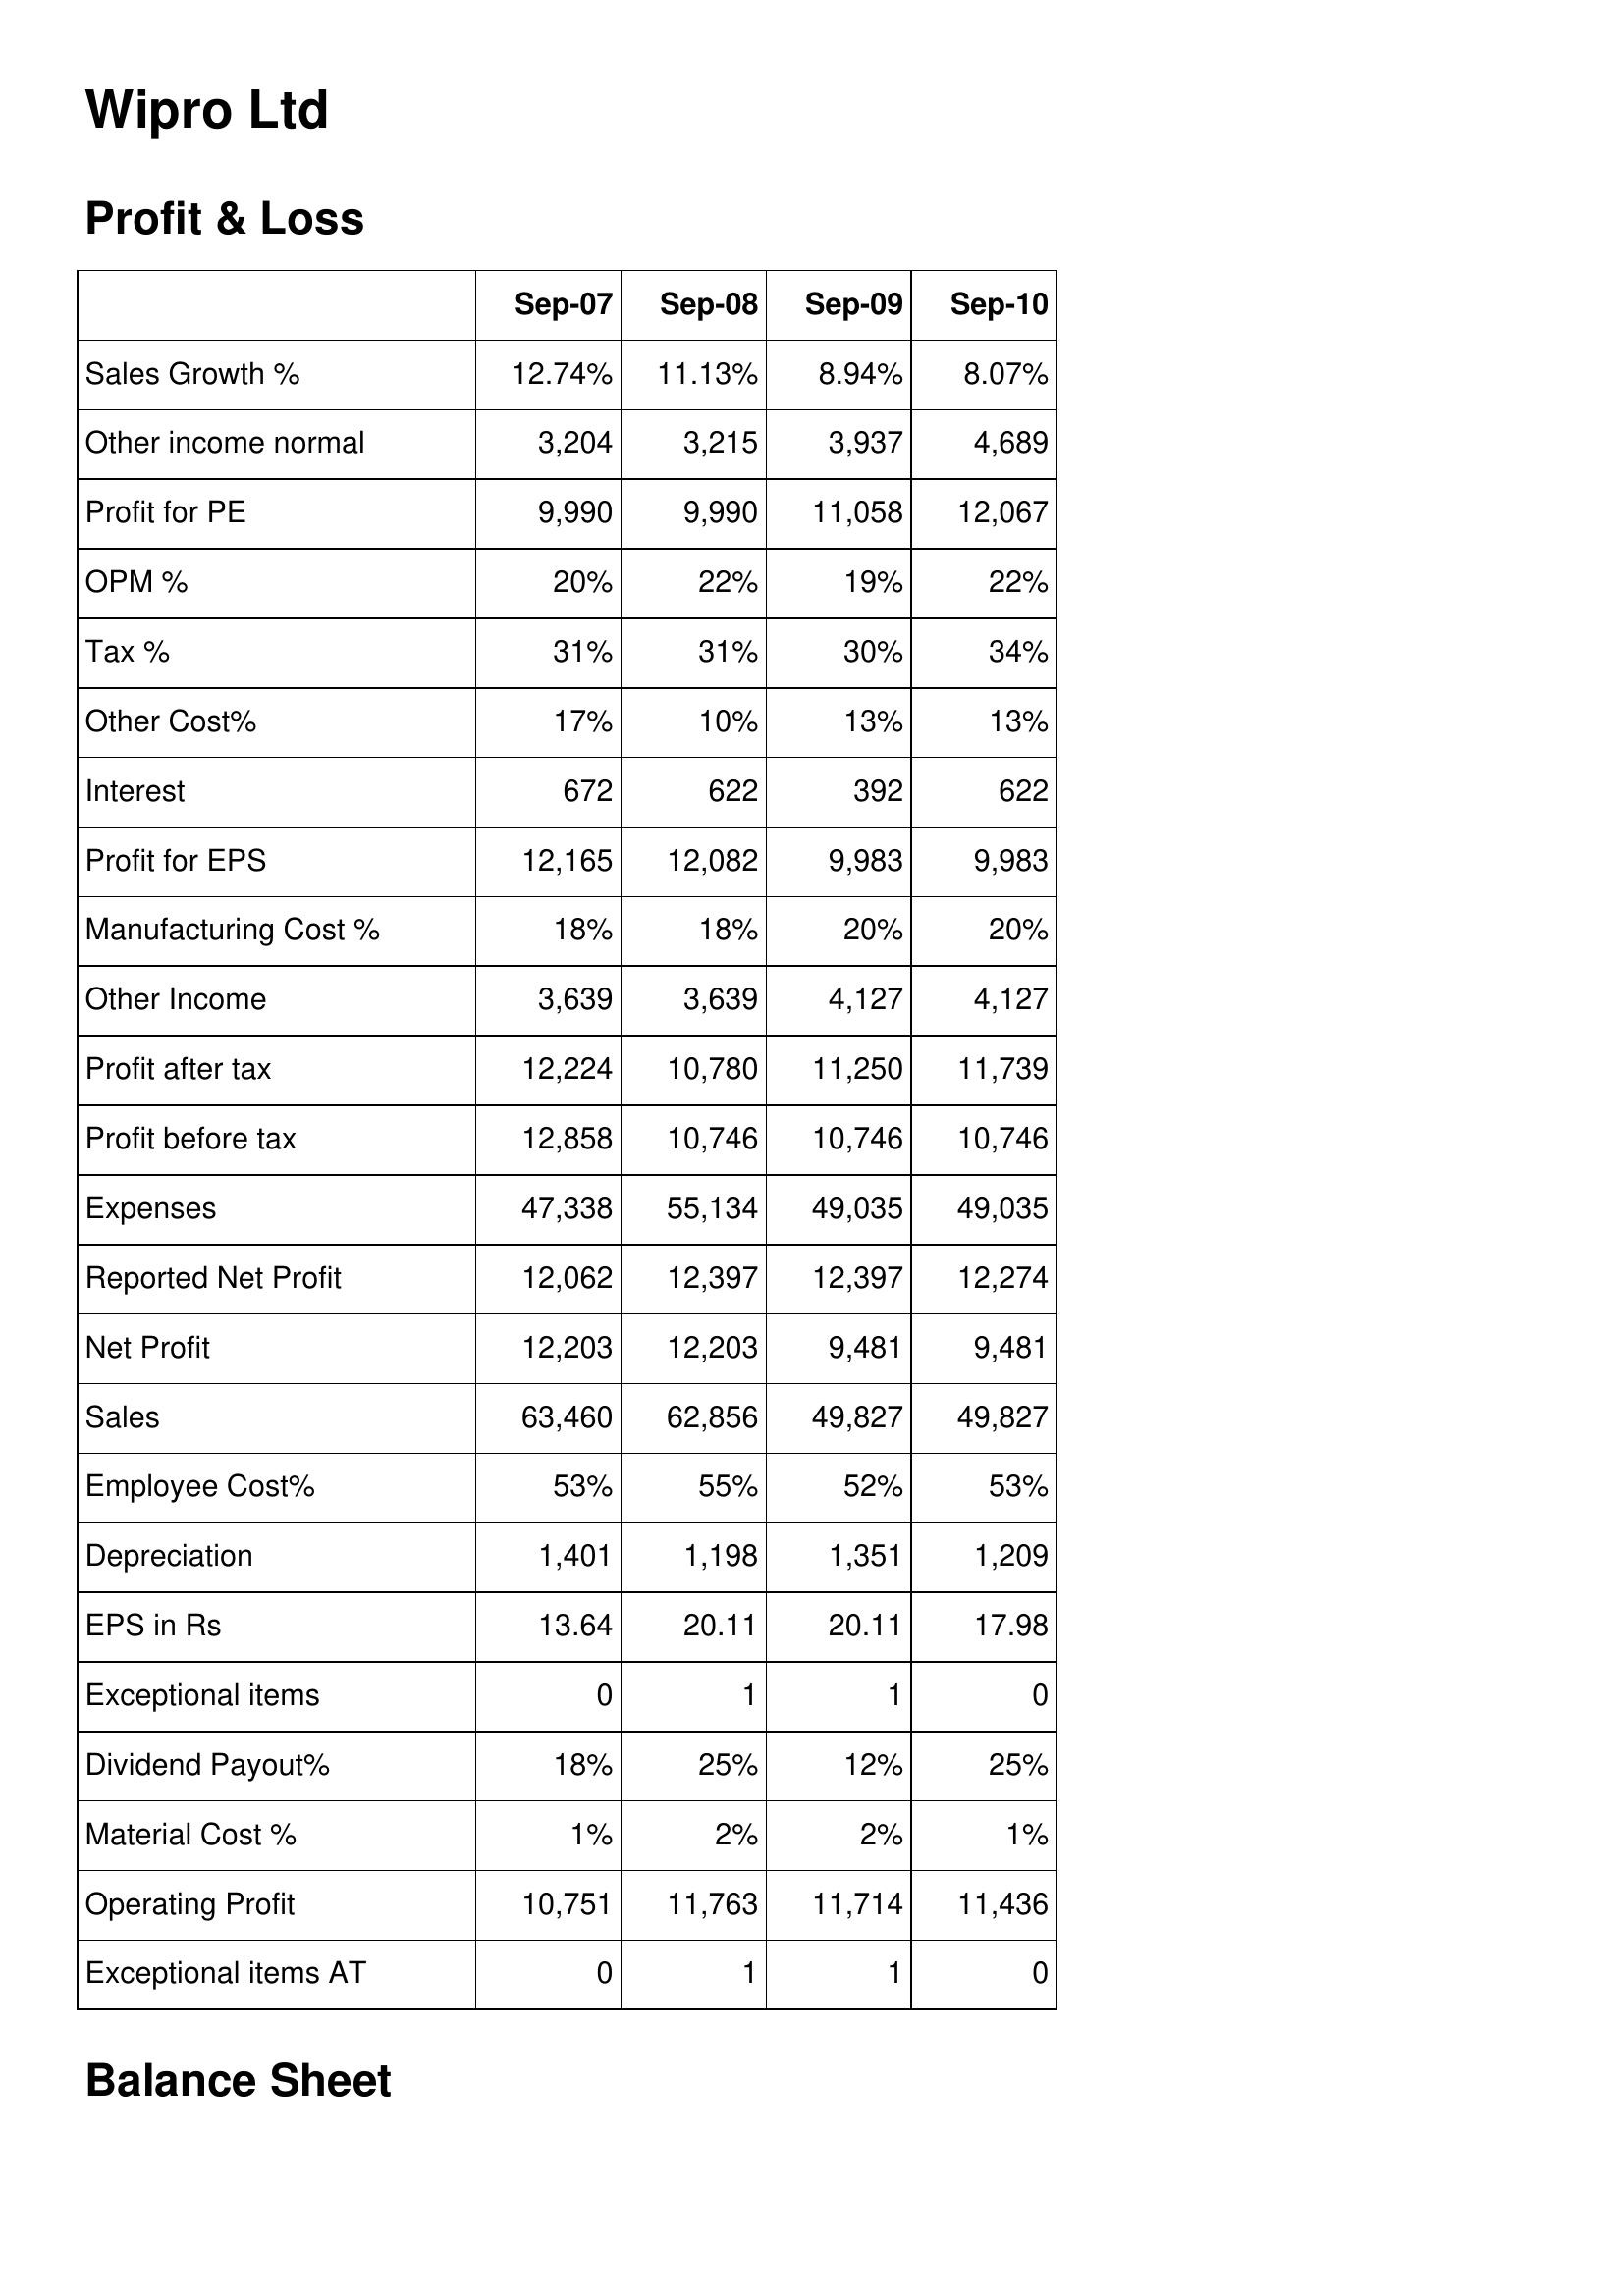
Sep-07: Profit & Loss: Sales Growth %: 12.74%
Other income normal: 3,204
Profit for PE: 9,990
OPM %: 20%
Tax %: 31%
Other Cost%: 17%
Interest: 672
Profit for EPS: 12,165
Manufacturing Cost %: 18%
Other Income: 3,639
Profit after tax: 12,224
Profit before tax: 12,858
Expenses: 47,338
Reported Net Profit: 12,062
Net Profit: 12,203
Sales: 63,460
Employee Cost%: 53%
Depreciation: 1,401
EPS in Rs: 13.64
Exceptional items: 0
Dividend Payout%: 18%
Material Cost %: 1%
Operating Profit: 10,751
Exceptional items AT: 0
Sep-08: Profit & Loss: Sales Growth %: 11.13%
Other income normal: 3,215
Profit for PE: 9,990
OPM %: 22%
Tax %: 31%
Other Cost%: 10%
Interest: 622
Profit for EPS: 12,082
Manufacturing Cost %: 18%
Other Income: 3,639
Profit after tax: 10,780
Profit before tax: 10,746
Expenses: 55,134
Reported Net Profit: 12,397
Net Profit: 12,203
Sales: 62,856
Employee Cost%: 55%
Depreciation: 1,198
EPS in Rs: 20.11
Exceptional items: 1
Dividend Payout%: 25%
Material Cost %: 2%
Operating Profit: 11,763
Exceptional items AT: 1
Sep-09: Profit & Loss: Sales Growth %: 8.94%
Other income normal: 3,937
Profit for PE: 11,058
OPM %: 19%
Tax %: 30%
Other Cost%: 13%
Interest: 392
Profit for EPS: 9,983
Manufacturing Cost %: 20%
Other Income: 4,127
Profit after tax: 11,250
Profit before tax: 10,746
Expenses: 49,035
Reported Net Profit: 12,397
Net Profit: 9,481
Sales: 49,827
Employee Cost%: 52%
Depreciation: 1,351
EPS in Rs: 20.11
Exceptional items: 1
Dividend Payout%: 12%
Material Cost %: 2%
Operating Profit: 11,714
Exceptional items AT: 1
Sep-10: Profit & Loss: Sales Growth %: 8.07%
Other income normal: 4,689
Profit for PE: 12,067
OPM %: 22%
Tax %: 34%
Other Cost%: 13%
Interest: 622
Profit for EPS: 9,983
Manufacturing Cost %: 20%
Other Income: 4,127
Profit after tax: 11,739
Profit before tax: 10,746
Expenses: 49,035
Reported Net Profit: 12,274
Net Profit: 9,481
Sales: 49,827
Employee Cost%: 53%
Depreciation: 1,209
EPS in Rs: 17.98
Exceptional items: 0
Dividend Payout%: 25%
Material Cost %: 1%
Operating Profit: 11,436
Exceptional items AT: 0